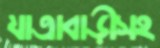
যাত্রাবাড়ীসহ